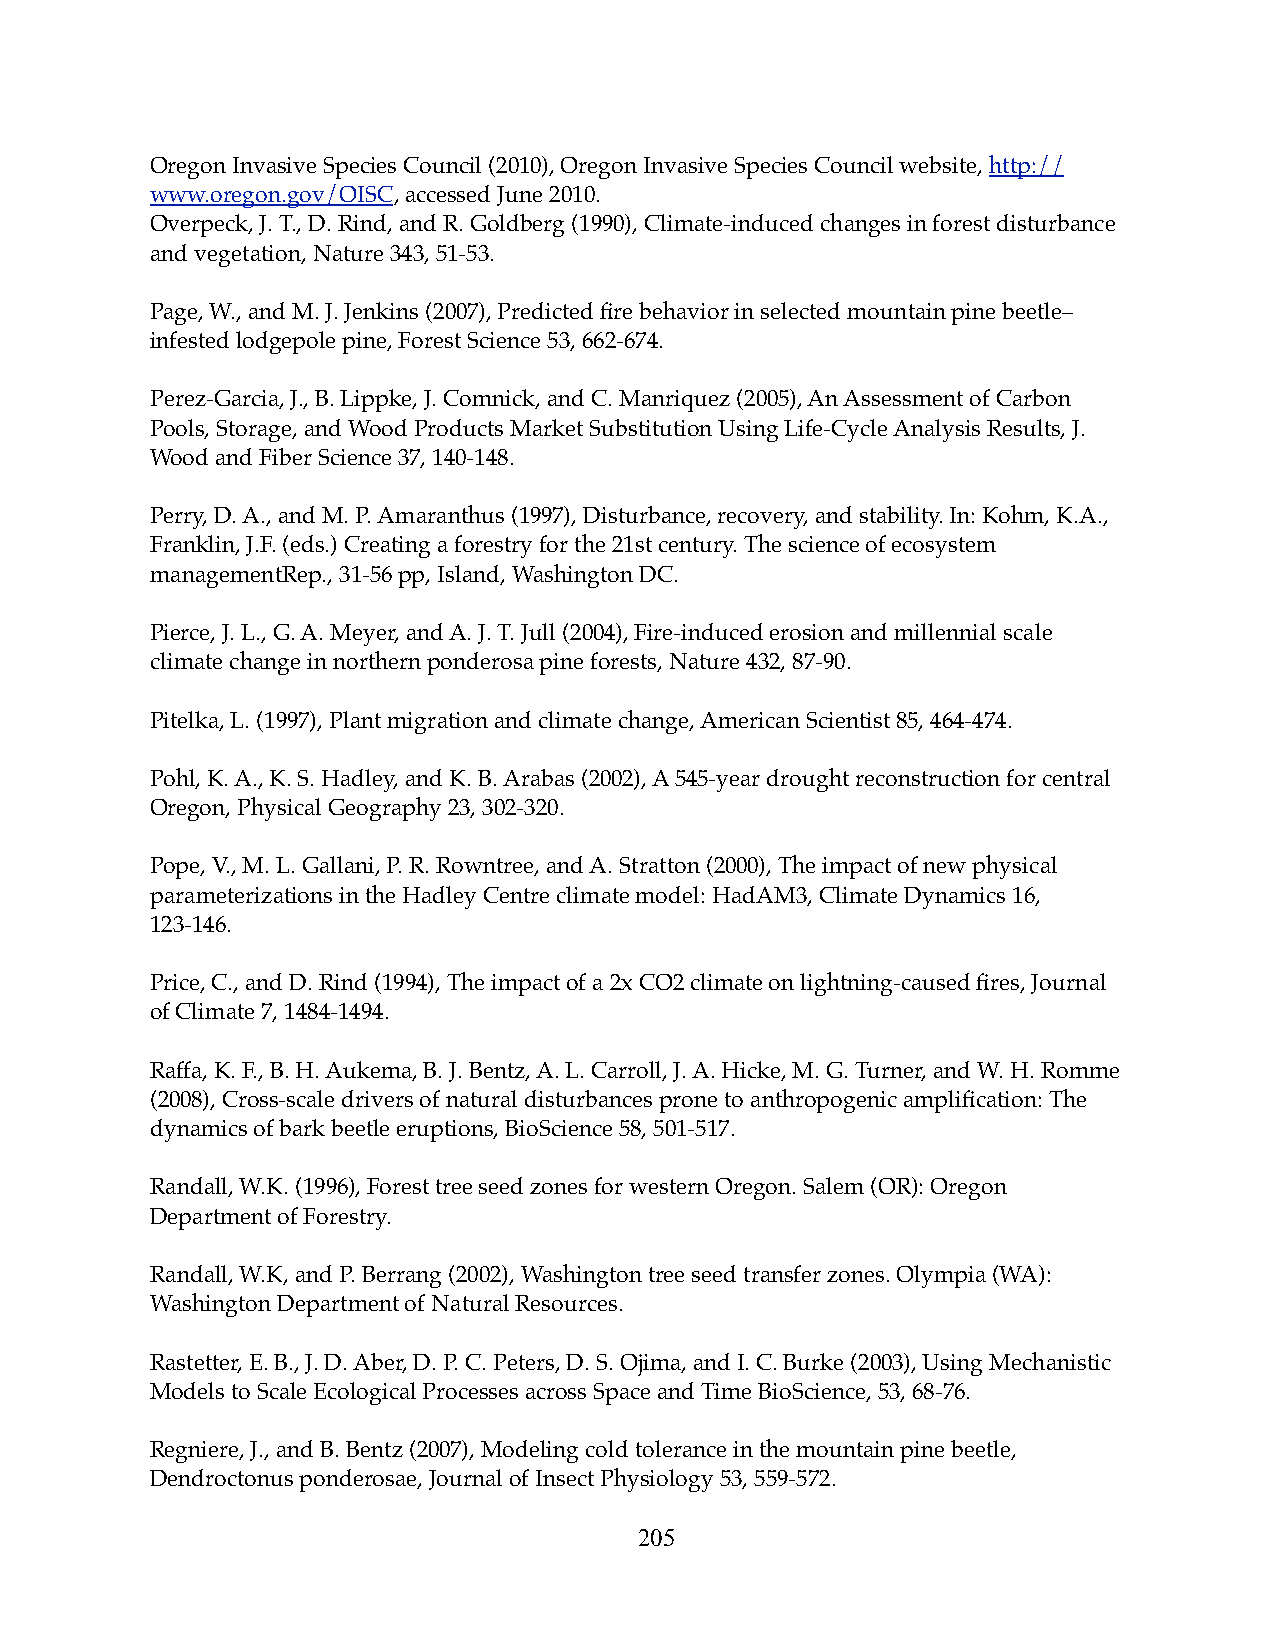
Oregon Invasive Species Council (2010), Oregon Invasive Species Council website, http://
 www.oregon.gov/OISC, accessed June 2010.
 Overpeck, J. T., D. Rind, and R. Goldberg (1990), Climate-induced changes in forest disturbance
 and vegetation, Nature 343, 51-53.
 Page, W., and M. J. Jenkins (2007), Predicted fire behavior in selected mountain pine beetle–
 infested lodgepole pine, Forest Science 53, 662-674.
 Perez-Garcia, J., B. Lippke, J. Comnick, and C. Manriquez (2005), An Assessment of Carbon
 Pools, Storage, and Wood Products Market Substitution Using Life-Cycle Analysis Results, J.
 Wood and Fiber Science 37, 140-148.
 Perry, D. A., and M. P. Amaranthus (1997), Disturbance, recovery, and stability. In: Kohm, K.A.,
 Franklin, J.F. (eds.) Creating a forestry for the 21st century. The science of ecosystem
 managementRep., 31-56 pp, Island, Washington DC.
 Pierce, J. L., G. A. Meyer, and A. J. T. Jull (2004), Fire-induced erosion and millennial scale
 climate change in northern ponderosa pine forests, Nature 432, 87-90.
 Pitelka, L. (1997), Plant migration and climate change, American Scientist 85, 464-474.
 Pohl, K. A., K. S. Hadley, and K. B. Arabas (2002), A 545-year drought reconstruction for central
 Oregon, Physical Geography 23, 302-320.
 Pope, V., M. L. Gallani, P. R. Rowntree, and A. Stratton (2000), The impact of new physical
 parameterizations in the Hadley Centre climate model: HadAM3, Climate Dynamics 16,
 123-146.
 Price, C., and D. Rind (1994), The impact of a 2x CO2 climate on lightning-caused fires, Journal
 of Climate 7, 1484-1494.
 Raffa, K. F., B. H. Aukema, B. J. Bentz, A. L. Carroll, J. A. Hicke, M. G. Turner, and W. H. Romme
 (2008), Cross-scale drivers of natural disturbances prone to anthropogenic amplification: The
 dynamics of bark beetle eruptions, BioScience 58, 501-517.
 Randall, W.K. (1996), Forest tree seed zones for western Oregon. Salem (OR): Oregon
 Department of Forestry.
 Randall, W.K, and P. Berrang (2002), Washington tree seed transfer zones. Olympia (WA):
 Washington Department of Natural Resources.
 Rastetter, E. B., J. D. Aber, D. P. C. Peters, D. S. Ojima, and I. C. Burke (2003), Using Mechanistic
 Models to Scale Ecological Processes across Space and Time BioScience, 53, 68-76.
 Regniere, J., and B. Bentz (2007), Modeling cold tolerance in the mountain pine beetle,
 Dendroctonus ponderosae, Journal of Insect Physiology 53, 559-572.
 205